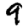
Digit: 9